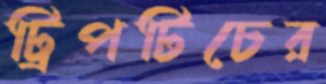
ট্রিপটিচের